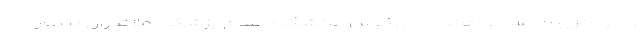
را در منزل ادامه خواهند داد. رئیس دانشگاه علوم پزشکی مازندران با بیان